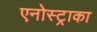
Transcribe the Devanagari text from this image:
एनोस्ट्राका